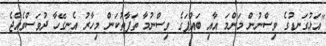
"އަޅުގަނޑުގެ ވިސްނުން މަންމަ އާއި ބައްޕަގެ ވިސްނުމާ ތަފާތުކަން މިހާރު އެނގޭހާ ދުވަސްވެއްޖެ